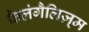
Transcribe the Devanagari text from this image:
फैलंगैलिज़्म